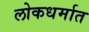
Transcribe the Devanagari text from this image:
लोकधर्मात